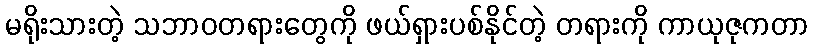
မရိုးသားတဲ့ သဘာဝတရားတွေကို ဖယ်ရှားပစ်နိုင်တဲ့ တရားကို ကာယုဇုကတာ